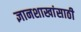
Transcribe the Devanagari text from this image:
ज्ञानशाखांसाठी